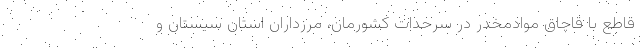
قاطع با قاچاق موادمخدر در سرحدات کشورمان، مرزداران استان سیستان و